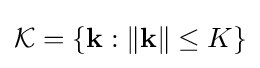
{\mathcal {K}}=\{\mathbf {k} :\|\mathbf {k} \|\leq K\}